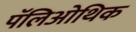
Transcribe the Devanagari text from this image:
पॅलिओथिक